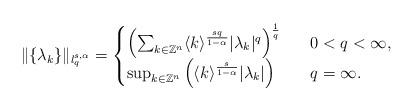
LaTeX: \begin{align*}\Vert \{\lambda _{k}\}\Vert _{l_{q}^{s,\alpha }}=\begin{cases}\left( \sum_{k\in \mathbb{Z}^{n}}^{{}}\langle k\rangle ^{\frac{sq}{1-\alpha }}|\lambda _{k}|^{q}\right) ^{\frac{1}{q}}~ & ~0<q<\infty , \\\sup_{k\in \mathbb{Z}^{n}}\left( \langle k\rangle ^{\frac{s}{1-\alpha }}|\lambda _{k}|\right) ~ & ~q=\infty .\end{cases}\end{align*}